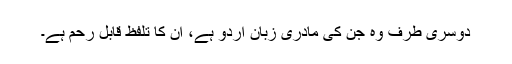
دوسری طرف وہ جن کی مادری زبان اردو ہے، ان کا تلفظ قابلِ رحم ہے۔